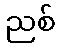
ညစ်